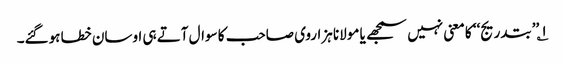
۱؎ ’’بتدریج‘‘ کا معنی نہیں سمجھے یا مولانا ہزاروی صاحب کا سوال آتے ہی اوسان خطا ہوگئے۔